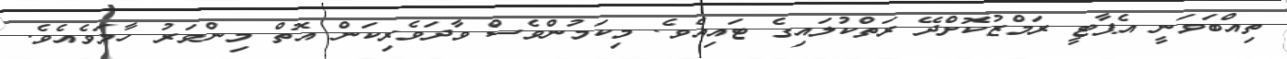
ތިއްބަވަނީ އެޕާޓީ ރަމްޒުކޮށްދޭ ރަތްކުލައިގެ ޓައިއެވެ. މިކަމުންވެސް ވާދަވެރިކަން އޮތް މިންވަރު ހާމަވެެއެވެ.